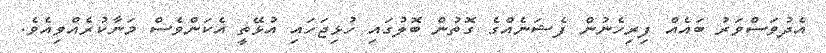
އެދުވަސްވަރު ބައެއް ފިރިހެނުން ފެޝަނެއްގެ ގޮތުން ބޮލުގައި ހުޅިޖަހައި އުޅޭތީ އެކަންވެސް މަނާކުރެއްވިއެވެ.